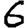
Digit: 6